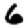
Digit: 6